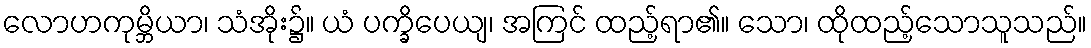
လောဟကုမ္ဘိယာ၊ သံအိုး၌။ ယံ ပက္ခိပေယျ၊ အကြင် ထည့်ရာ၏။ သော၊ ထိုထည့်သောသူသည်။